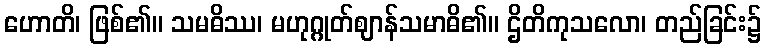
ဟောတိ၊ ဖြစ်၏။ သမဓိဿ၊ မဟုဂ္ဂုတ်ဈာန်သမာဓိ၏။ ဌိတိကုသလော၊ တည်ခြင်း၌